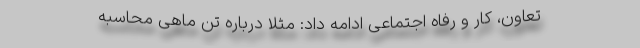
تعاون، کار و رفاه اجتماعی ادامه داد: مثلاً درباره تن ماهی محاسبه